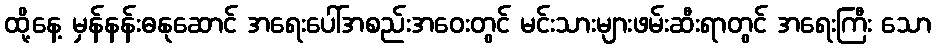
ထို့နေ့ မှန်နန်းဓနုဆောင် အရေးပေါ်အစည်းအဝေးတွင် မင်းသားများဖမ်းဆီးရာတွင် အရေးကြီး သော